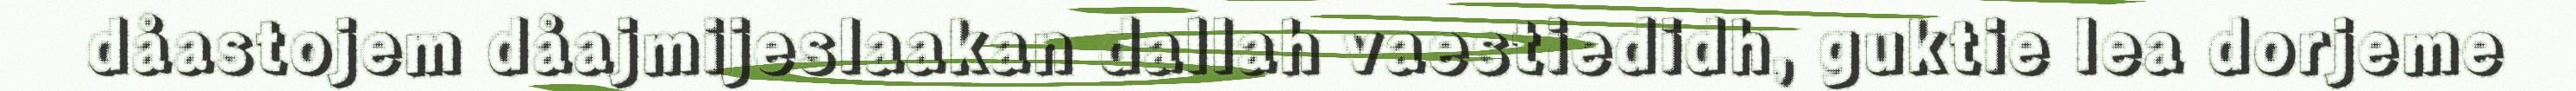
dåastojem dåajmijeslaakan dallah vaestiedidh, guktie lea dorjeme